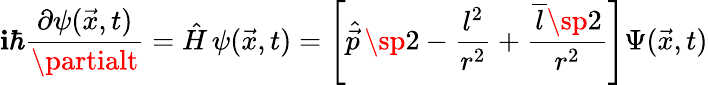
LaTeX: \mathbf{i}\hbar{\frac{{\partial\psi(\vec{{x}},t)}}{{\partialt}}}=\hat{{H}}\, \psi(\vec{{x}},t)=\left[\hat{{\vec{{p}}}}\, \sp2-{\frac{{l^{2}}}{{r^{2}}}}+{\frac{{\overline{{{{l}}}}\sp2}}{{r^{2}}}}\right]\Psi(\vec{{x}},t)